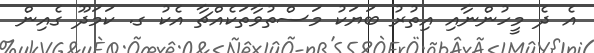
އެ ދެ މީހުންނާއި އިތުރު ބަޔަކު މަސްތުވާތަކެއްޗާ އެކު ގ. ކަމަދޫ ގެއިން